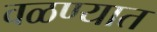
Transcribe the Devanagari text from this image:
वळण्यात